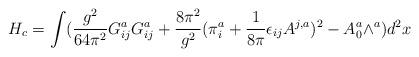
LaTeX: \begin{align*}H_{c} = \int(\frac{g^{2}}{64\pi^{2}} G^{a}_{ij}G^{a}_{ij} +\frac{8\pi^{2}}{g^{2}}(\pi^{a}_{i} + \frac{1}{8\pi}\epsilon_{ij}A^{j,a})^{2} - A^{a}_{0}\wedge^{a})d^{2}x \end{align*}